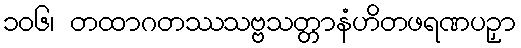
၁၀၆၊ တထာဂတဿသဗ္ဗသတ္တာနံဟိတဖရဏပဉှာ